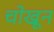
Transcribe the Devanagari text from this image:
चोखून